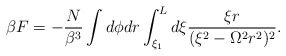
\begin{align*}\beta F = - \frac{N}{\beta^3} \int d \phi d r \int_{\xi_1}^L d \xi\frac{\xi r}{( \xi^2 - \Omega^2 r^2 )^2}. \end{align*}